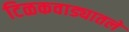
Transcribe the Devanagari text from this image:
टिळकवाड्यातले